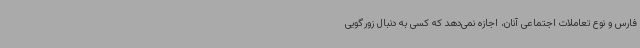
فارس و نوع تعاملات اجتماعی آنان، اجازه نمی‌دهد که کسی به دنبال زورگویی